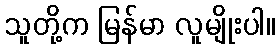
သူတို့က မြန်မာ လူမျိုးပါ။